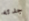
جدته